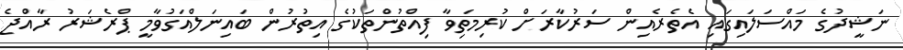
ނަޝީދުގެ މައްސަލައިގައި އެތެރެއިން ސަރުކާރަށް ކުރިމަތިވާ ފިއްތުންތަކުގެ އިތުރުން ބައިނަލްއަގުވާމީ ޕްރެޝަރު ރާއްޖެ